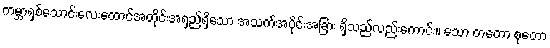
ကမ္ဘာရှစ်သောင်းလေးထောင်အတိုင်းအရှည်ရှိသော အသက်အပိုင်းအခြား ရှိသည်လည်းကောင်း။ သော တတော စုတော